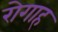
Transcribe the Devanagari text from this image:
रोगाह